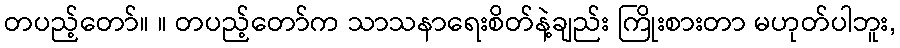
တပည့်တော်။ ။ တပည့်တော်က သာသနာရေးစိတ်နဲ့ချည်း ကြိုးစားတာ မဟုတ်ပါဘူး,